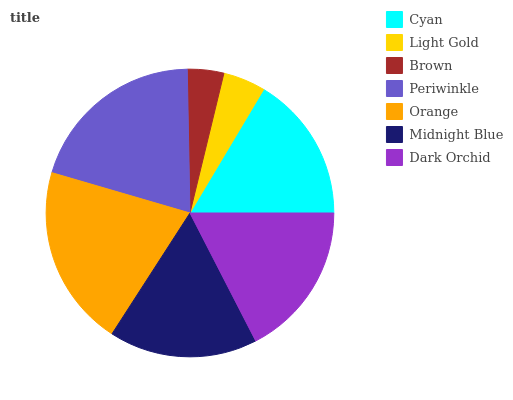
| Cyan | Light Gold | Brown | Periwinkle | Orange | Midnight Blue | Dark Orchid |
 | --- | --- | --- | --- | --- | --- | --- |
 | 16.4% | 4.77% | 4.09% | 20.2% | 20.4% | 16.7% | 17.5% |